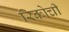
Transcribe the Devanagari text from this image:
रिकोची